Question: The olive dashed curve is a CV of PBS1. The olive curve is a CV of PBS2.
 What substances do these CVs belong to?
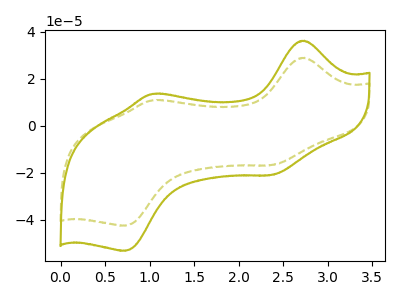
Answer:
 <answer>The olive dashed curve is labeled "PBS1". The olive curve is labeled "PBS2".</answer>
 <eval></eval>